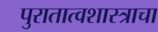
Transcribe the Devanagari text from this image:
पुरातात्वशास्त्राचा